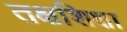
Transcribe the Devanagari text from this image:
तक्षशिक्षा